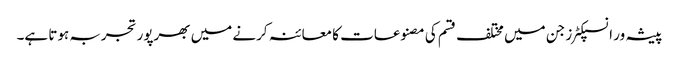
پیشہ ور انسپکٹرز جن میں مختلف قسم کی مصنوعات کا معائنہ کرنے میں بھرپور تجربہ ہوتا ہے۔